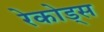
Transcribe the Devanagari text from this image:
रेकोड्स